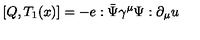
[ Q , T _ { 1 } ( x ) ] = - e : \bar { \Psi } \gamma ^ { \mu } \Psi : \partial _ { \mu } u